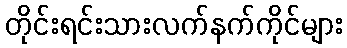
တိုင်းရင်းသားလက်နက်ကိုင်များ